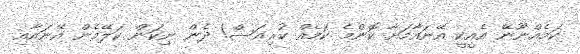
ކަމެއްނޫނޭ އެއީކީ އޭނައާމަށާ ކޮންމެ ކަމެއް ކުރިއަސް! ދެން ނިކަން ކަލޭމެން އޭނައާއި